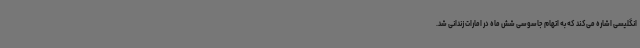
انگلیسی اشاره می‌کند که به اتهام جاسوسی شش ماه در امارات زندانی شد.